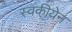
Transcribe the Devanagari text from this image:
स्वकीयेन